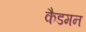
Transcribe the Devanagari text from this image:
कैडमन